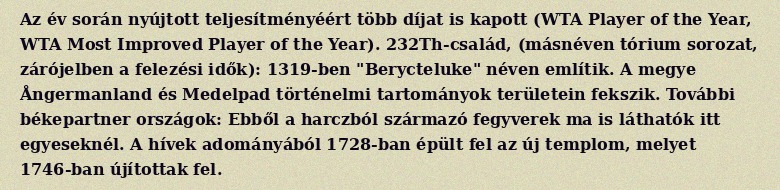
Az év során nyújtott teljesítményéért több díjat is kapott (WTA Player of the Year, WTA Most Improved Player of the Year). 232Th-család, (másnéven tórium sorozat, zárójelben a felezési idők): 1319-ben "Berycteluke" néven említik. A megye Ångermanland és Medelpad történelmi tartományok területein fekszik. További békepartner országok: Ebből a harczból származó fegyverek ma is láthatók itt egyeseknél. A hívek adományából 1728-ban épült fel az új templom, melyet 1746-ban újítottak fel.